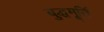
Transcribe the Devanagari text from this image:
बुद्धमूर्ति